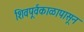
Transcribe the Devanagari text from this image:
शिवपूर्वकाळापासून